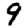
Digit: 9